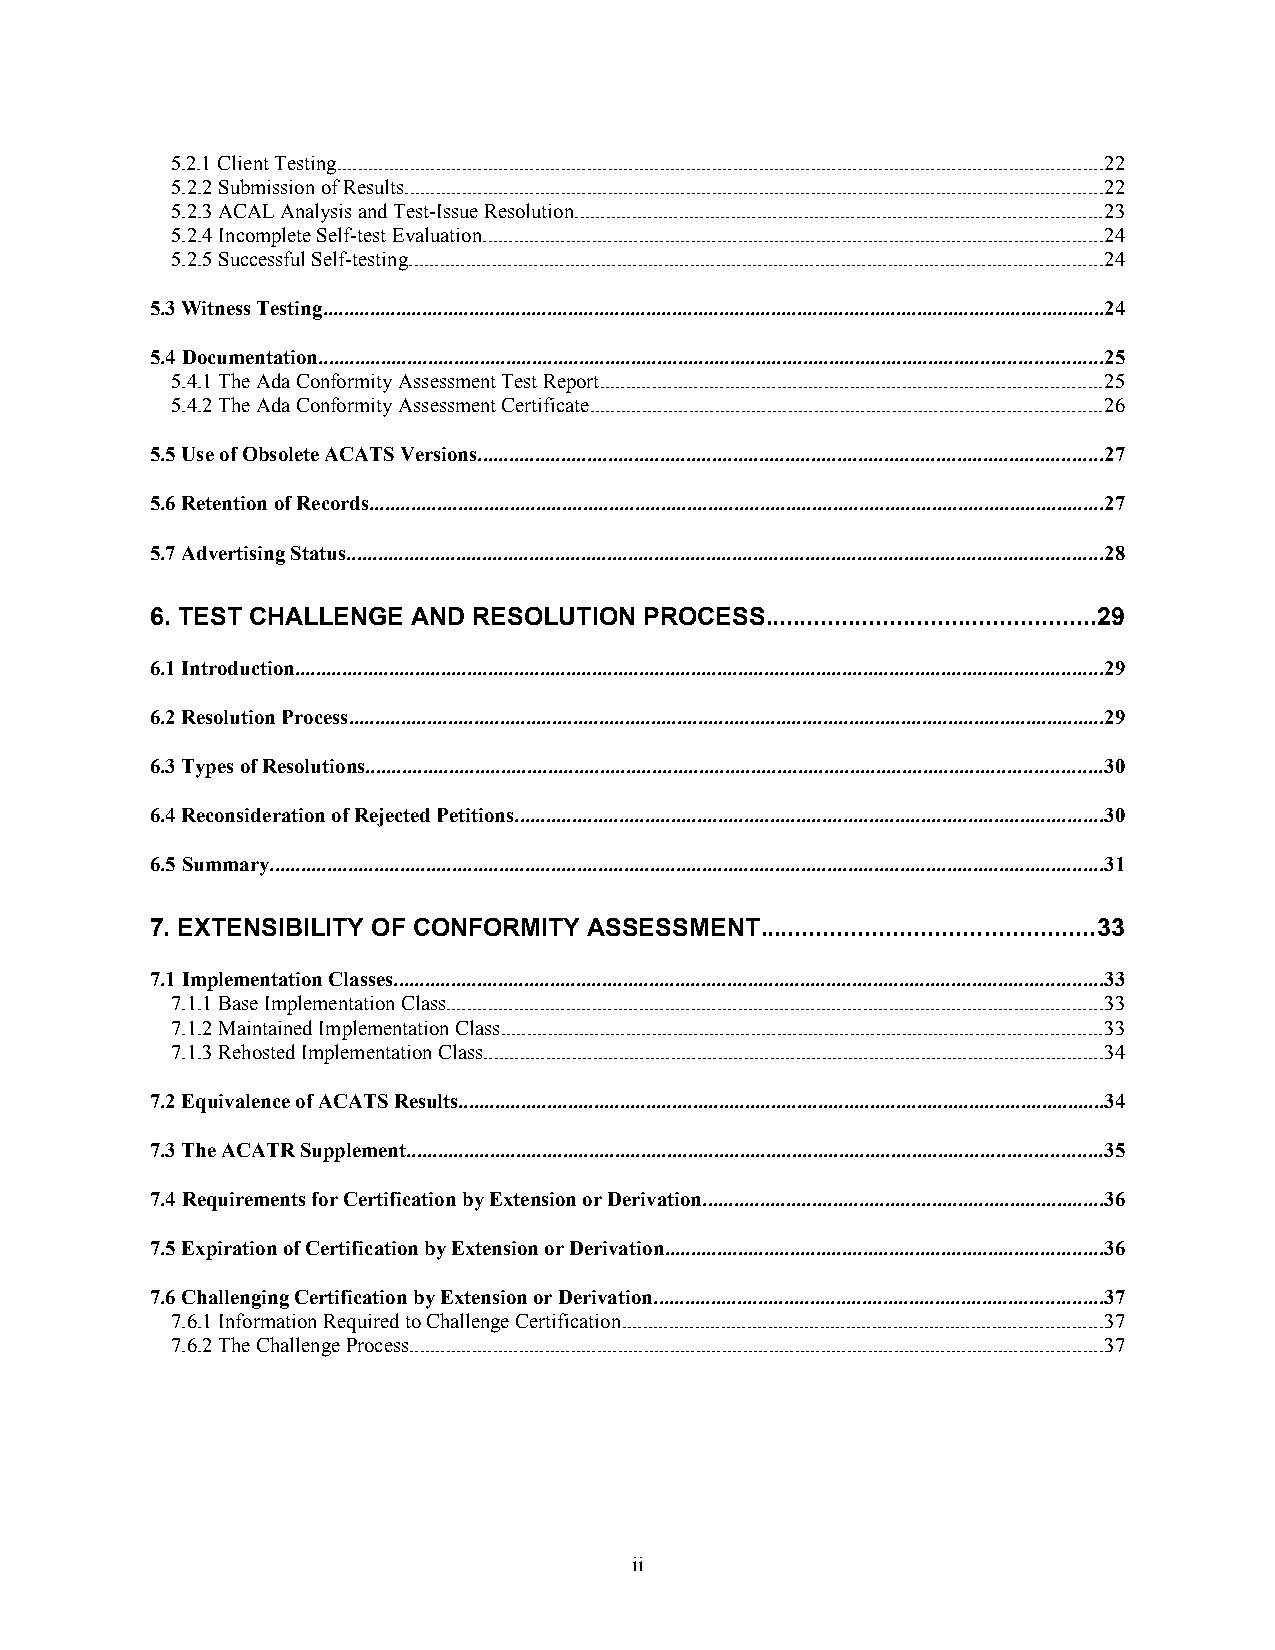
5.2.1 Client Testing...................................................................................................................................................22
 5.2.2 Submission of Results......................................................................................................................................22
 5.2.3 ACAL Analysis and Test-Issue Resolution.....................................................................................................23
 5.2.4 Incomplete Self-test Evaluation.......................................................................................................................24
 5.2.5 Successful Self-testing.....................................................................................................................................24
 5.3 Witness Testing......................................................................................................................................................24
 5.4 Documentation......................................................................................................................................................25
 5.4.1 The Ada Conformity Assessment Test Report................................................................................................25
 5.4.2 The Ada Conformity Assessment Certificate..................................................................................................26
 5.5 Use of Obsolete ACATS Versions........................................................................................................................27
 5.6 Retention of Records.............................................................................................................................................27
 5.7 Advertising Status.................................................................................................................................................28
 6. TEST CHALLENGE AND RESOLUTION PROCESS................................................29
 6.1 Introduction...........................................................................................................................................................29
 6.2 Resolution Process.................................................................................................................................................29
 6.3 Types of Resolutions.............................................................................................................................................30
 6.4 Reconsideration of Rejected Petitions.................................................................................................................30
 6.5 Summary................................................................................................................................................................31
 7. EXTENSIBILITY OF CONFORMITY ASSESSMENT................................................33
 7.1 Implementation Classes........................................................................................................................................33
 7.1.1 Base Implementation Class..............................................................................................................................33
 7.1.2 Maintained Implementation Class...................................................................................................................33
 7.1.3 Rehosted Implementation Class.......................................................................................................................34
 7.2 Equivalence of ACATS Results............................................................................................................................34
 7.3 The ACATR Supplement.....................................................................................................................................35
 7.4 Requirements for Certification by Extension or Derivation.............................................................................36
 7.5 Expiration of Certification by Extension or Derivation....................................................................................36
 7.6 Challenging Certification by Extension or Derivation......................................................................................37
 7.6.1 Information Required to Challenge Certification............................................................................................37
 7.6.2 The Challenge Process.....................................................................................................................................37
 ii